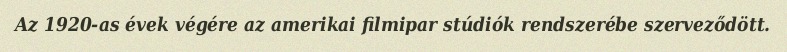
Az 1920-as évek végére az amerikai filmipar stúdiók rendszerébe szerveződött.